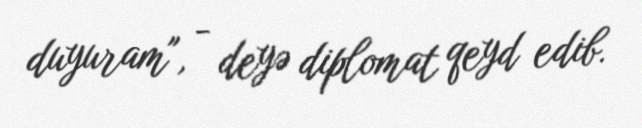
duyuram", - deyə diplomat qeyd edib.